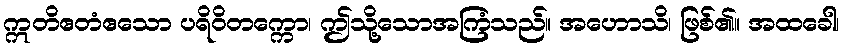
ဣတိဧတံဧသော ပရိဝိတက္ကော၊ ဤသို့သောအကြံသည်။ အဟောသိ၊ ဖြစ်၏။ အထခေါ၊